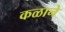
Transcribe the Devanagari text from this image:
कळाने